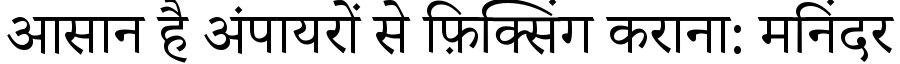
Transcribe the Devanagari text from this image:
आसान है अंपायरों से फ़िक्सिंग कराना: मनिंदर